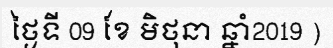
ថ្ងៃទី 09 ខែ មិថុនា ឆ្នាំ2019 )